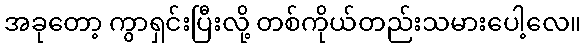
အခုတော့ ကွာရှင်းပြီးလို့ တစ်ကိုယ်တည်းသမားပေါ့လေ။